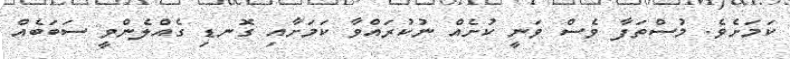
ކަމަށެވެ. މުސްތަފާ ވެސް ވަނީ ކުށެއް ނުކުރައްވާ ކަމަށާއި ގޮނޑި ގެއްލެންވީ ސަބަބެއް